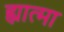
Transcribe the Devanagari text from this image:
ह्यात्मा